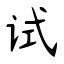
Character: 试